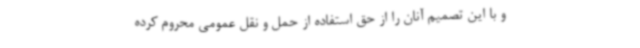
و با این تصمیم آنان را از حق استفاده از حمل و نقل عمومی محروم کرده